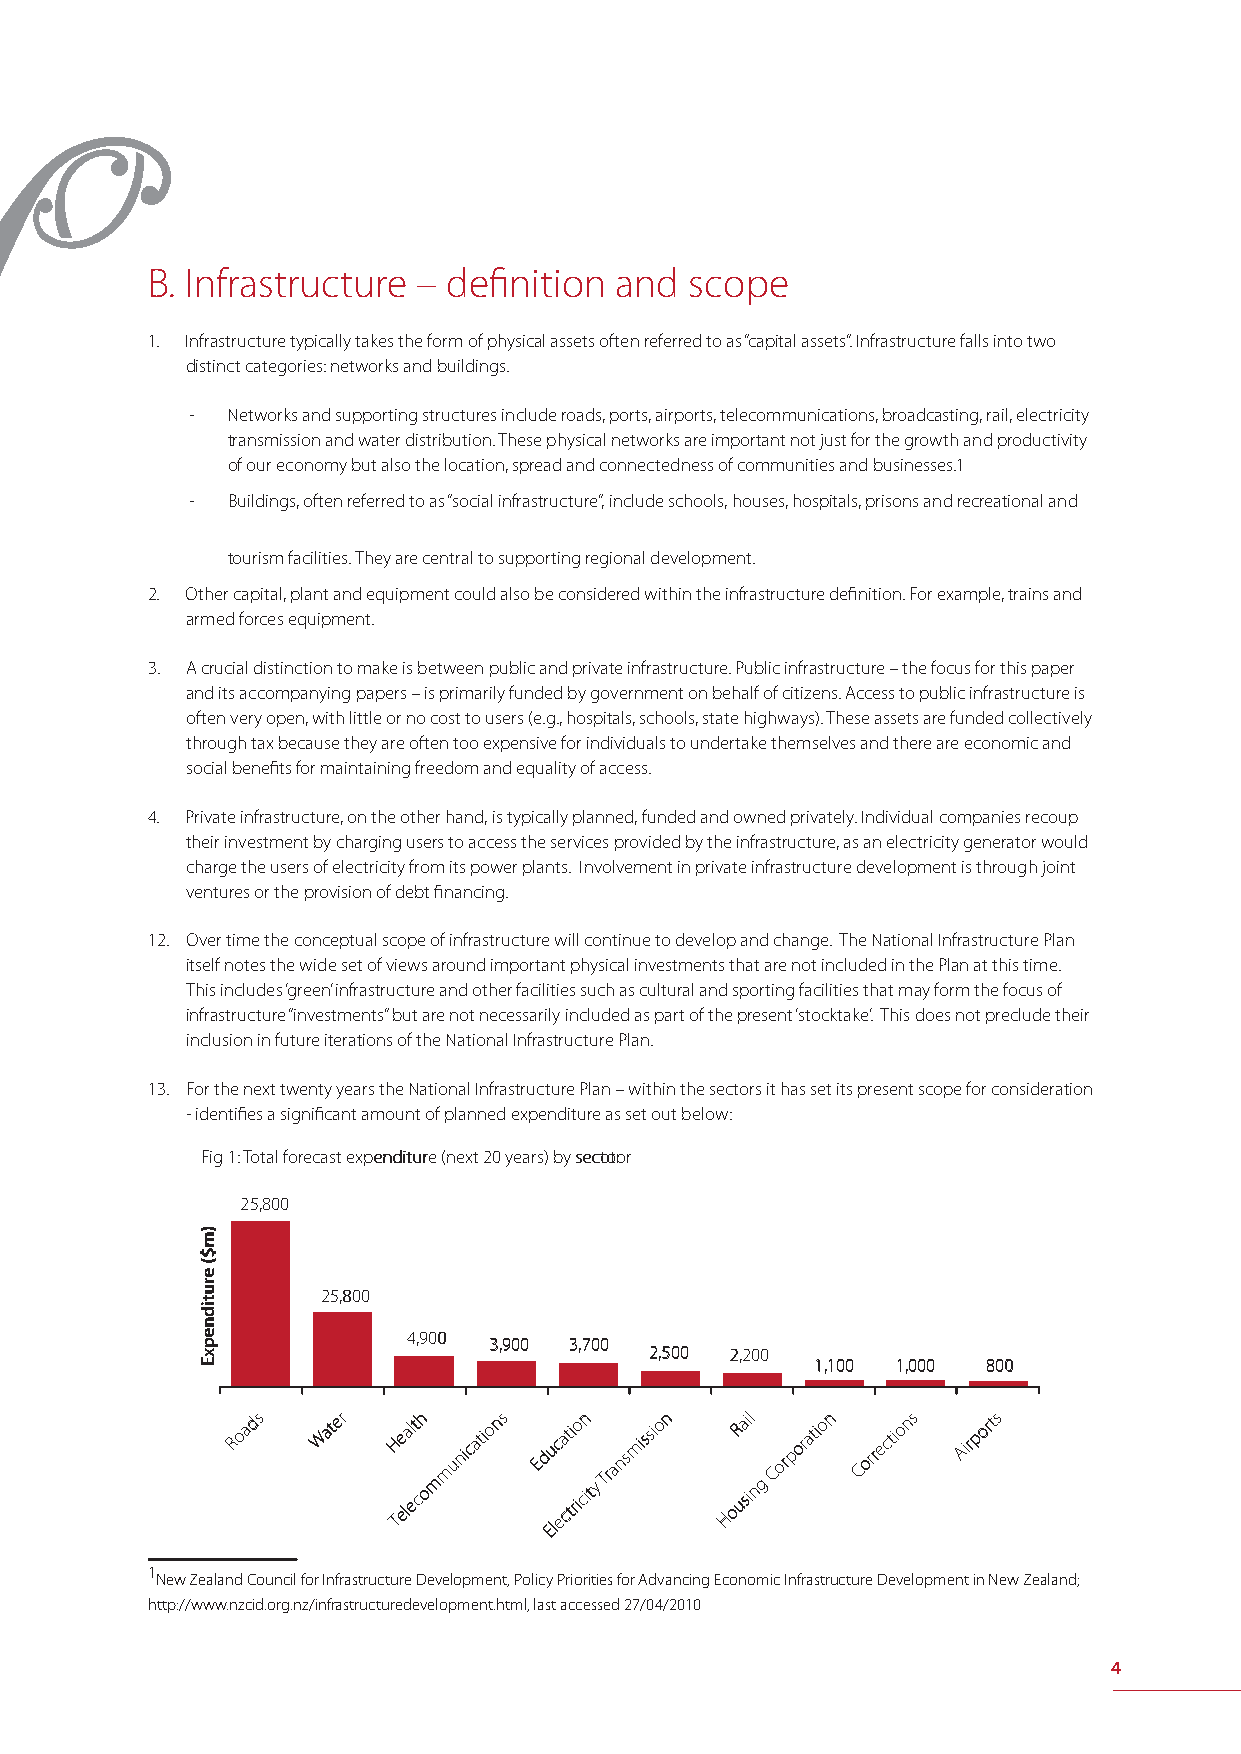
B. Infrastructure – defi nition and scope
 1. Infrastructure typically takes the form of physical assets often referred to as “capital assets”. Infrastructure falls into two
 distinct categories: networks and buildings.
 - Networks and supporting structures include roads, ports, airports, telecommunications, broadcasting, rail, electricity
 transmission and water distribution. These physical networks are important not just for the growth and productivity
 of our economy but also the location, spread and connectedness of communities and businesses.1
 - Buildings, often referred to as “social infrastructure”, include schools, houses, hospitals, prisons and recreational and
 tourism facilities. They are central to supporting regional development.
 2. Other capital, plant and equipment could also be considered within the infrastructure defi nition. For example, trains and
 armed forces equipment.
 3. A crucial distinction to make is between public and private infrastructure. Public infrastructure – the focus for this paper
 and its accompanying papers – is primarily funded by government on behalf of citizens. Access to public infrastructure is
 often very open, with little or no cost to users (e.g., hospitals, schools, state highways). These assets are funded collectively
 through tax because they are often too expensive for individuals to undertake themselves and there are economic and
 social benefi ts for maintaining freedom and equality of access.
 4. Private infrastructure, on the other hand, is typically planned, funded and owned privately. Individual companies recoup
 their investment by charging users to access the services provided by the infrastructure, as an electricity generator would
 charge the users of electricity from its power plants. Involvement in private infrastructure development is through joint
 ventures or the provision of debt fi nancing.
 12. Over time the conceptual scope of infrastructure will continue to develop and change. The National Infrastructure Plan
 itself notes the wide set of views around important physical investments that are not included in the Plan at this time.
 This includes ‘green’ infrastructure and other facilities such as cultural and sporting facilities that may form the focus of
 infrastructure “investments” but are not necessarily included as part of the present ‘stocktake’. This does not preclude their
 inclusion in future iterations of the National Infrastructure Plan.
 13. For the next twenty years the National Infrastructure Plan – within the sectors it has set its present scope for consideration
 - identifi es a signifi cant amount of planned expenditure as set out below:
 FFiigg 11:: TToottaall ffoorreeccaasstt eexxppeennddiittuurree ((nneexxtt 2200 yyeeaarrss)) bbyy sseeccototorr
 2255,,880000
 2255,,880000
 44,,990000 33,,990000 33,,770000
 22,,550000 22,,220000
 11,,110000 11,,000000 880000
 RRooaaddss WWaatteerr HH TTee eellaall eett cchh
 oomm
 mmuunniiccaattiioonnss
 EEdd
 EEuu llcc eeaa cctt ttii rriioo cciinn
 ttyy
 TTrraannssmmiissssiioonn HHooRR uuaa ssii iill
 nngg
 CCoorrppoorraattiioonn CCoorrrreeccttiioonnss AAiirrppoorrttss
 1New Zealand Council for Infrastructure Development, Policy Priorities for Advancing Economic Infrastructure Development in New Zealand;
 http://www.nzcid.org.nz/infrastructuredevelopment.html, last accessed 27/04/2010
 4
 ))mm$$((
 eerruuttiiddnneeppxxEE